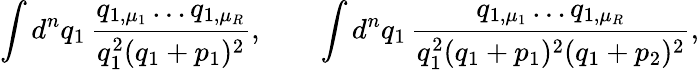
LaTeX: \int d^{n}q_{1}\, \frac{q_{1,\mu_{1}}\dots q_{1,\mu_{R}}}{q_{1}^{2}(q_{1}+p_{1})^{2}},\qquad\int d^{n}q_{1}\, \frac{q_{1,\mu_{1}}\dots q_{1,\mu_{R}}}{q_{1}^{2}(q_{1}+p_{1})^{2}(q_{1}+p_{2})^{2}},